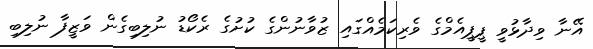
އޭނާ ވިދާޅުވީ ޕީޕީއެމްގެ ވެރިކަމެއްގައި ޒުވާނުންގެ ކުށުގެ ރެކޯޑު ނުލިބިގެން ވަޒީފާ ނުލިބި